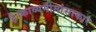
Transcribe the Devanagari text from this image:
है।काव्यमीमांसाकार